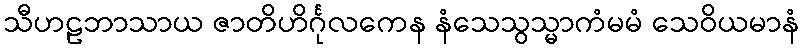
သီဟဠဘာသာယ ဇာတိဟိင်္ဂုလကေန နံသေသွသ္မာကံမမံ သေဝိယမာနံ